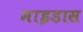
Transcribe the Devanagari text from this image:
माइडास